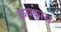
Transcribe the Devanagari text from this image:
क्रयकास